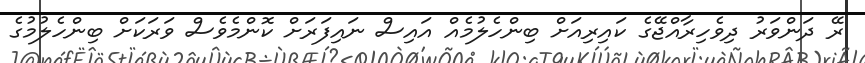
ރޭ ދަންވަރު ދިވެހިރާއްޖޭގެ ކައިރިއަށް ބިންހެލުމެއް އައިސް ނައިފަރަށް ކޮންމެވެސް ވަރަކަށް ބިންހެލުމުގެ